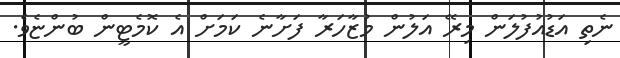
ނެތި އަޑުއުފުލަން މިރޭ އަލުން މުޒާހަރާ ފަށާނެ ކަމަށް އެ ކޮމެޓީން ބުންޏެވެ.